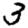
Digit: 3